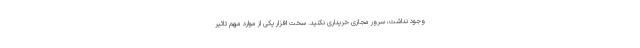
وجود نداشت، سرور مجازی خریداری نکنید. سخت افزار یکی از موارد مهم تاثیر